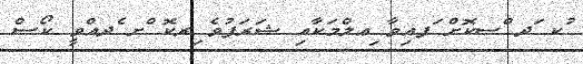
ުކ ަދ ްސކޮށް ަފއިވާ ިޢލްމަކާއި ޝަރަފުވެ ިރކޮ ްށ ެދއްވީ ކޯސް